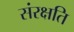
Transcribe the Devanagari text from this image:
संरक्षति